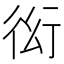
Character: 𲀜